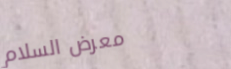
معرض السلام